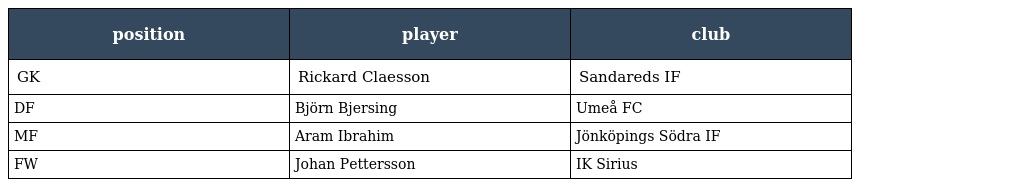
| position | player | club |
 | --- | --- | --- |
 | GK | Rickard Claesson | Sandareds IF |
 | DF | Björn Bjersing | Umeå FC |
 | MF | Aram Ibrahim | Jönköpings Södra IF |
 | FW | Johan Pettersson | IK Sirius |